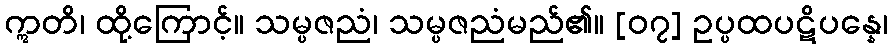
ဣတိ၊ ထို့ကြောင့်။ သမ္ပဇညံ၊ သမ္ပဇညံမည်၏။ [၀၇] ဥပ္ပထပဋိပန္နေ၊